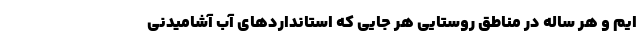
ایم و هر ساله در مناطق روستایی هر جایی که استانداردهای آب آشامیدنی